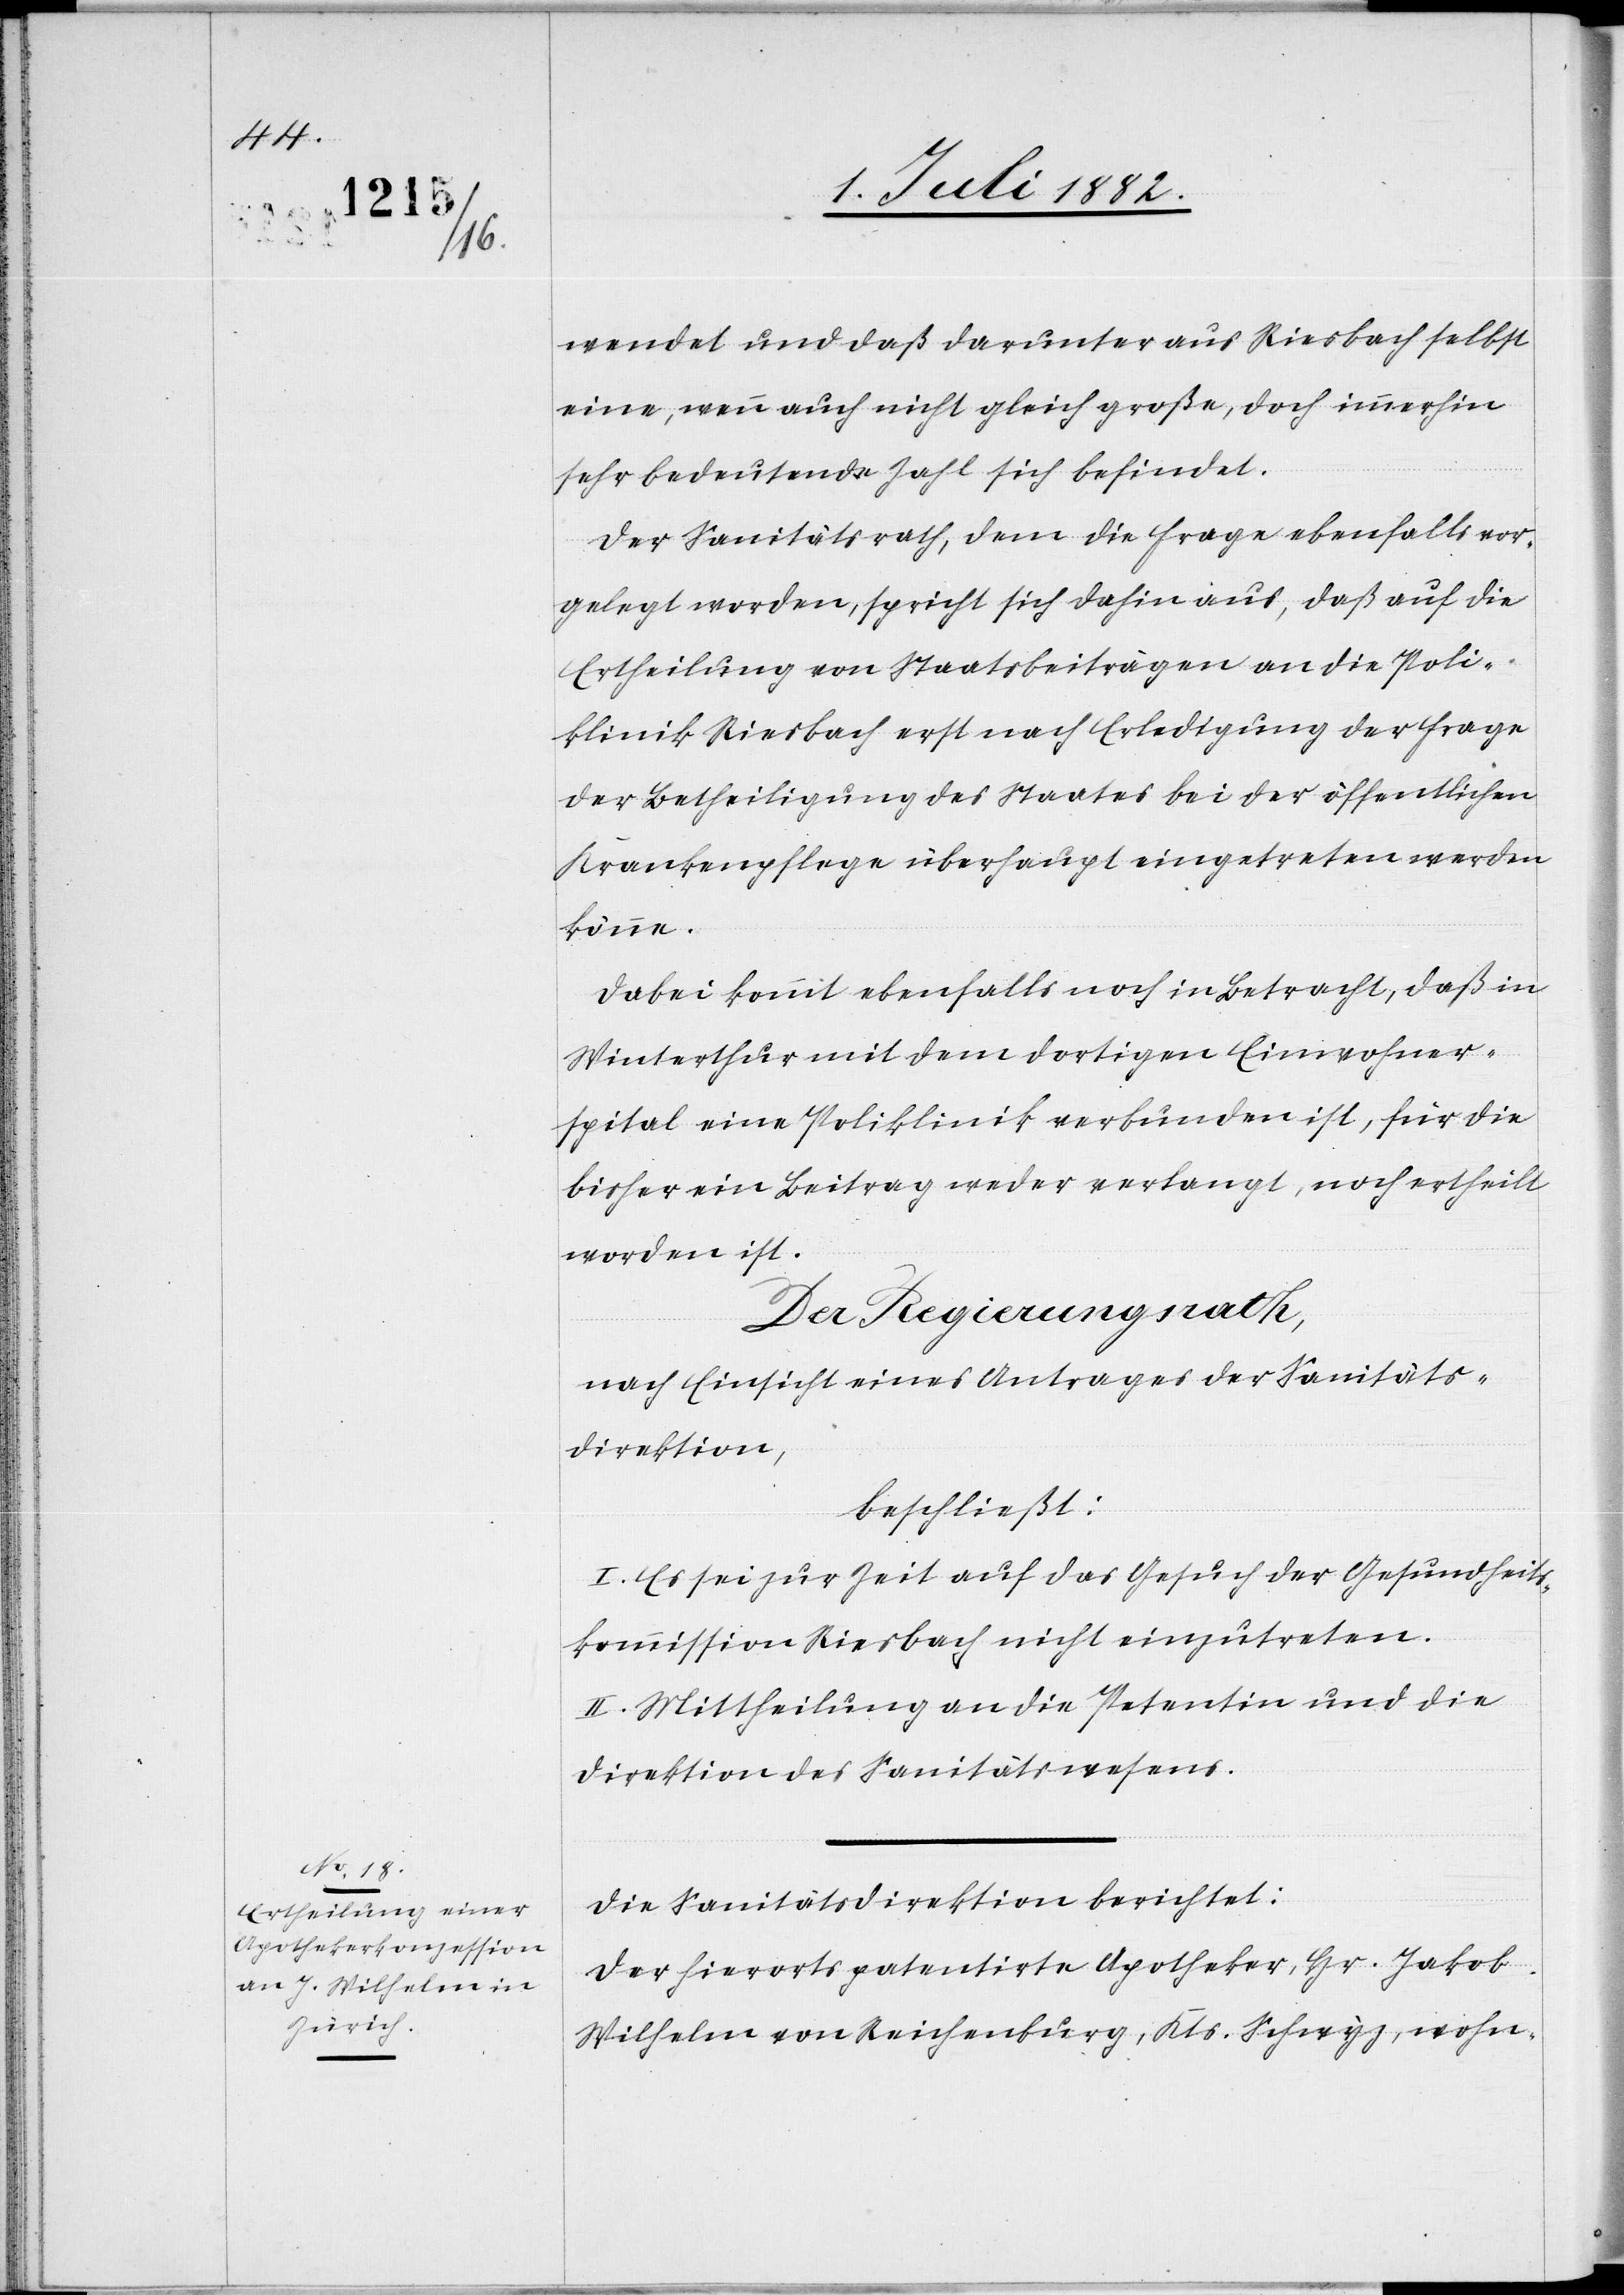
wendet und daß darunter aus Riesbach selbst
eine, wenn auch nicht gleich große, doch immerhin
sehr bedeutende Zahl sich befindet.
Der Sanitätsrath, dem die Frage ebenfalls vor¬
gelegt worden, spricht sich dahin aus, daß auf die
Ertheilung von Staatsbeiträgen an die Poli¬
klinik Riesbach erst nach Erledigung der Frage
der Betheiligung des Staates bei der öffentlichen
Krankenpflege überhaupt eingetreten werden
könne.
Dabei kommt ebenfalls noch in Betracht, daß in
Winterthur mit dem dortigen Einwohner¬
spital eine Poliklinik verbunden ist, für die
bisher ein Beitrag weder verlangt, noch ertheilt
worden ist.
Der Regierungsrath,
nach Einsicht eines Antrages der Sanitäts¬
direktion;
beschließt:
I. Es sei zur Zeit auf das Gesuch der Gesundheits¬
kommission Riesbach nicht einzutreten.
II. Mittheilung an die Petentin und die
Direktion des Sanitätswesens.
Die Sanitätsdirektion berichtet:
Der hierorts patentirte Apotheker, Hr. Jakob
Wilhelm von Reichenburg, Kts. Schwyz, wohn-